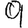
Digit: 9